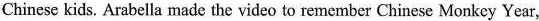
Chinese kids. Arabella made the video to remember Chinese Monkey Year,